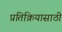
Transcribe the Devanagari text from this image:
प्रतिक्रियासाठी